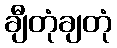
ချီတုံချတုံ